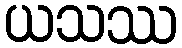
ယသဿ